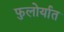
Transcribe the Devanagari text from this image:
फुलोर्यात